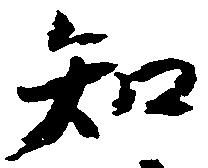
知